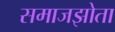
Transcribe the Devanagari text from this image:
समाजझोता